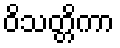
ဝိသတ္တိကာ